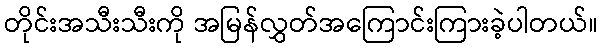
တိုင်းအသီးသီးကို အမြန်လွှတ်အကြောင်းကြားခဲ့ပါတယ်။